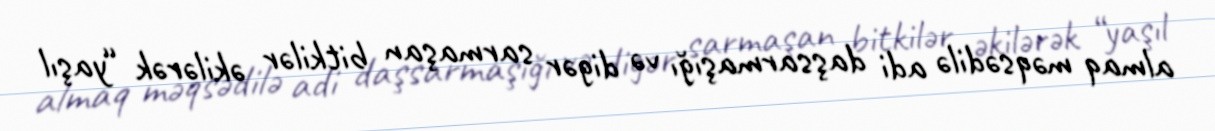
almaq məqsədilə adi daşsarmaşığı və digər sarmaşan bitkilər əkilərək “yaşıl